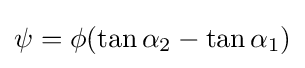
\psi =\phi (\tan \alpha _{2}-\tan \alpha _{1})